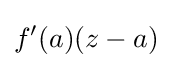
f'(a)(z-a)